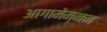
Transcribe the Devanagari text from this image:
आगामेम्नन